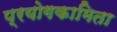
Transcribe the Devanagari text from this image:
प्रयोगकामिता